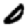
Digit: 0